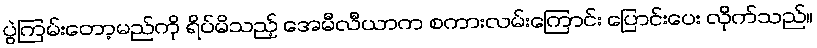
ပွဲကြမ်းတော့မည်ကို ရိပ်မိသည့် အေမီလီယာက စကားလမ်းကြောင်း ပြောင်းပေး လိုက်သည်။